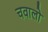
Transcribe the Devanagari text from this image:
चवालो